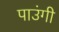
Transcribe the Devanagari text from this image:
पाउंगी